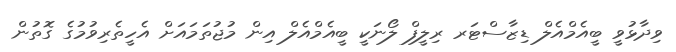
ވިދާޅުވީ ބީއެމްއެލް ޑިޒާސްޓަރ ރިލީފް ލޯނަކީ ބީއެމްއެލް އިން މުޖުތަމައަށް އެހީތެރިވުމުގެ ގޮތުން